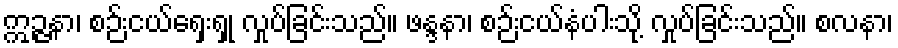
ဣဉ္ဇနာ၊ စဉ်းငယ်ရှေးရှု လှုပ်ခြင်းသည်။ ဖန္ဒနာ၊ စဉ်းငယ်နံပါးသို့ လှုပ်ခြင်းသည်။ စလနာ၊